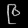
Digit: ၉